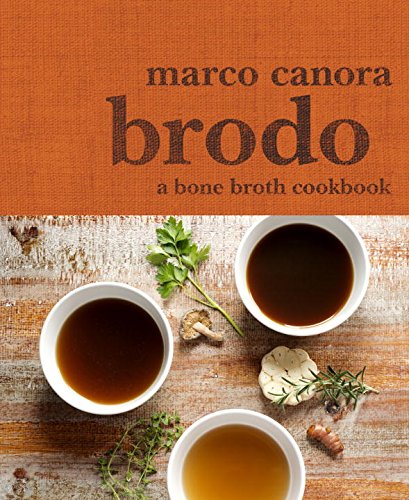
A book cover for Brodo: A Bone Broth Cookbook; Marco Canora; Cookbooks, Food & Wine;